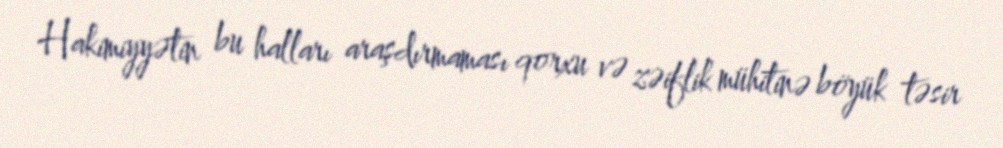
Hakimiyyətin bu halları araşdırmaması qorxu və zəiflik mühitinə böyük təsir